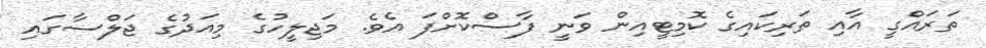
ތަރައްގީ އާއި ތަރިކައިގެ ކޮމިޓީއިން ވަނީ ފާސްކޮށްފަ އެވެ. މަޖިލީހުގެ މިއަދުގެ ޖަލްސާގައި